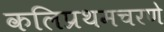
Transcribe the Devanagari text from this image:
कलिप्रथमचरणे